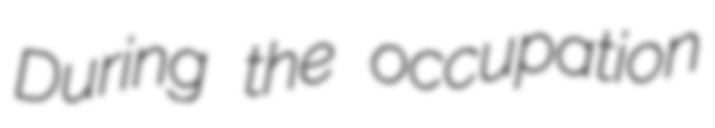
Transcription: During the occupation